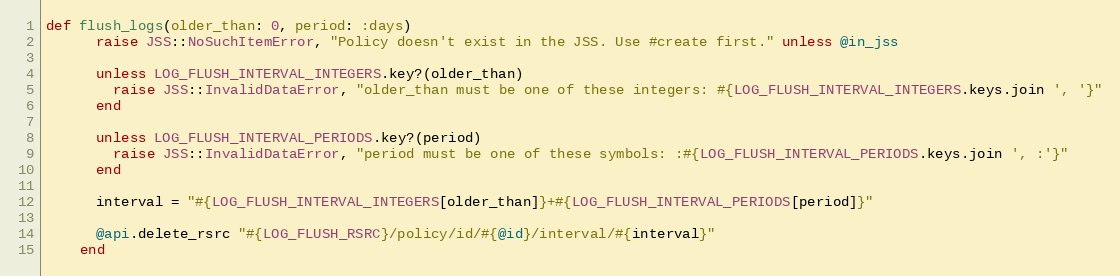
Language: Ruby
def flush_logs(older_than: 0, period: :days)
      raise JSS::NoSuchItemError, "Policy doesn't exist in the JSS. Use #create first." unless @in_jss

      unless LOG_FLUSH_INTERVAL_INTEGERS.key?(older_than)
        raise JSS::InvalidDataError, "older_than must be one of these integers: #{LOG_FLUSH_INTERVAL_INTEGERS.keys.join ', '}"
      end

      unless LOG_FLUSH_INTERVAL_PERIODS.key?(period)
        raise JSS::InvalidDataError, "period must be one of these symbols: :#{LOG_FLUSH_INTERVAL_PERIODS.keys.join ', :'}"
      end

      interval = "#{LOG_FLUSH_INTERVAL_INTEGERS[older_than]}+#{LOG_FLUSH_INTERVAL_PERIODS[period]}"

      @api.delete_rsrc "#{LOG_FLUSH_RSRC}/policy/id/#{@id}/interval/#{interval}"
    end